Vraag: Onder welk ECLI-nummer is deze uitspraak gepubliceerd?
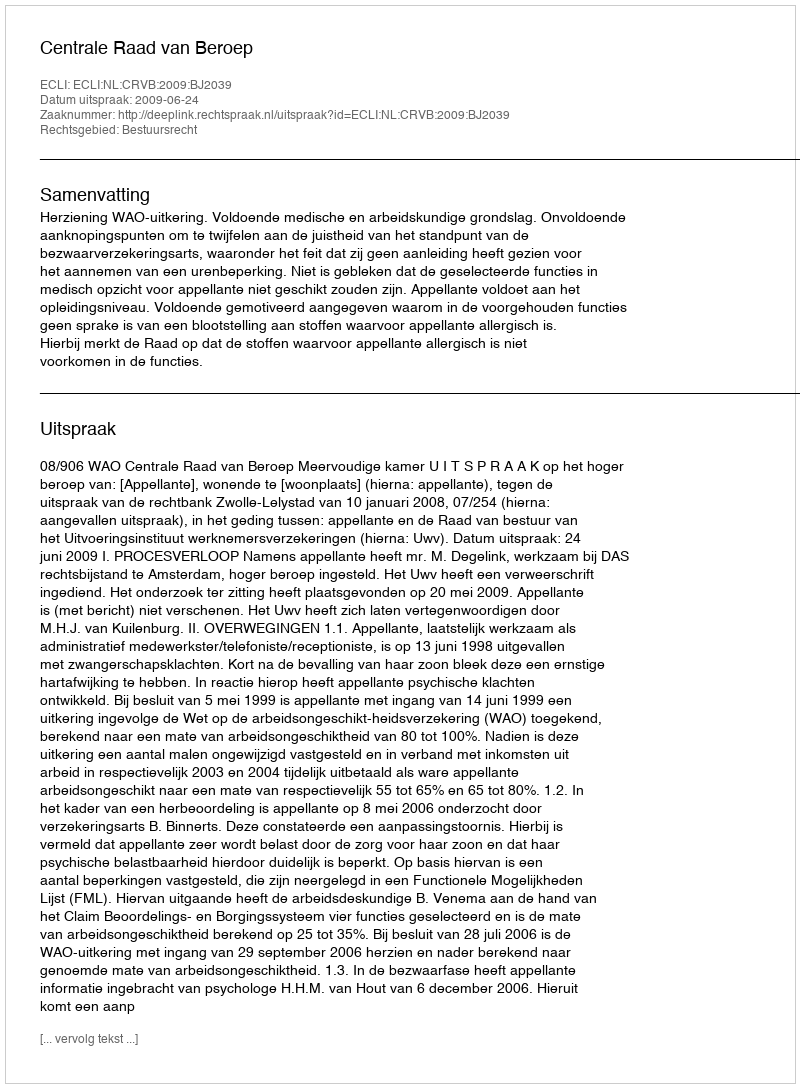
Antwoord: ECLI:NL:CRVB:2009:BJ2039